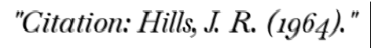
"Citation: Hills, J. R. (1964)."